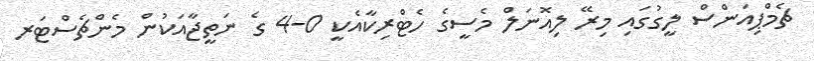
ޗެމްޕިއަންސް ލީގުގައި މިރޭ ލިއޮނަލް މެސީގެ ހެޓްރިކާއެކީ 0-4 ގެ ނަތީޖާއަކުން މެންޗެސްޓަރ